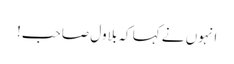
انہوں نے کہا کہ بلاول صاحب!